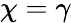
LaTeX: \chi=\gamma